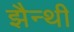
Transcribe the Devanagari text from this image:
झैन्थी